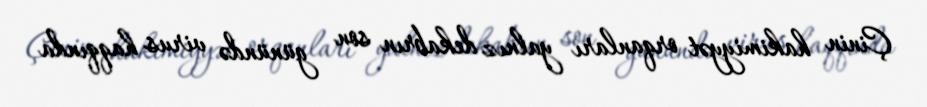
Çinin hakimiyyət orqanları yalnız dekabrın son günündə virus haqqında